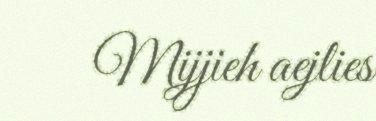
Mijjieh aejlies